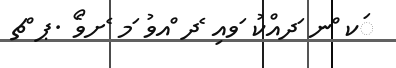
ަކ ްނ ަދއްކު ަވއި ެދ ްއވު ަމ ެށވެޯ .ޕ ްޗ